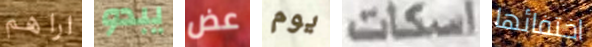
اراهم يبدو عض يوم اسكات اختفائها